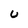
Character: u